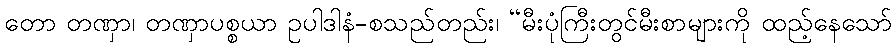
တော တဏှာ၊ တဏှာပစ္စယာ ဥပါဒါနံ-စသည်တည်း၊ “မီးပုံကြီးတွင်မီးစာများကို ထည့်နေသော်